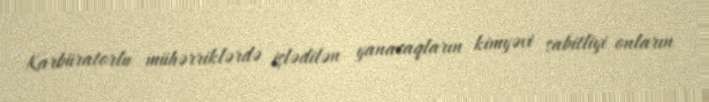
Karbüratorlu mühərriklərdə işlədilən yanacaqların kimyəvi sabitliyi onların